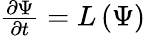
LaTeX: \begin{array}{r}{\frac{\partial\Psi}{\partial t}=L\left(\Psi\right)}\end{array}